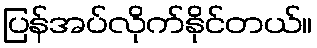
ပြန်အပ်လိုက်နိုင်တယ်။